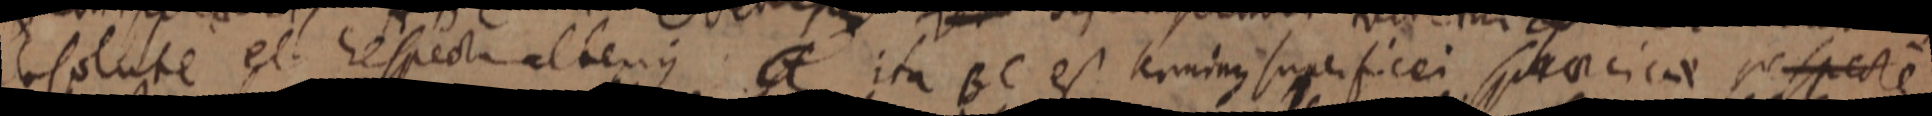
absolute et respecta alterius a ita BC est terminus superficei sphaericae respectet